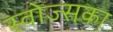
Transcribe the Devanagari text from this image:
स्वोज्सका